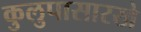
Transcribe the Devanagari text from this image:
कुलुपासारखे